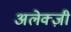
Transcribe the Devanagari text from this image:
अलेक्ज़ी